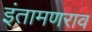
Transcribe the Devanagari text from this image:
इंतामणराव